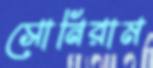
সোনিরাম